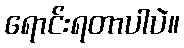
ရောင်းရတာပါပဲ။